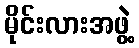
မိုင်းလားအဖွဲ့